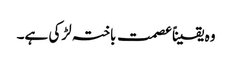
وہ یقیناًعصمت باختہ لڑکی ہے۔